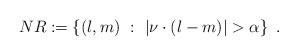
\begin{align*}NR:=\left\{ (l,m)\ :\ \left|\nu\cdot (l-m)\right|>\alpha\right\}\ .\end{align*}